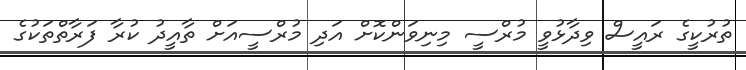
ތުރުކީގެ ރައީސް ވިދާޅުވީ މުރްސީ މިނިވަންކޮށް އަދި މުރްސީއަށް ތާއީދު ކުރާ ފަރާތްތަކުގެ